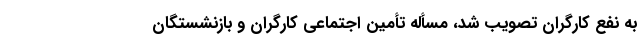
به نفع کارگران تصویب شد، مسأله تأمین اجتماعی کارگران و بازنشستگان